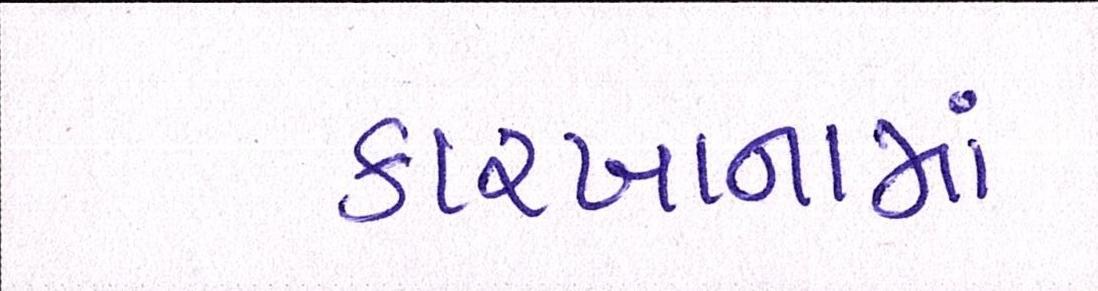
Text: કારખાનામાં